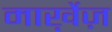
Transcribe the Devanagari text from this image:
मार्ख़ेज़